Plague in India, 1896, 1897 - Volume 2
Year: 1896
Disease focus: Plague
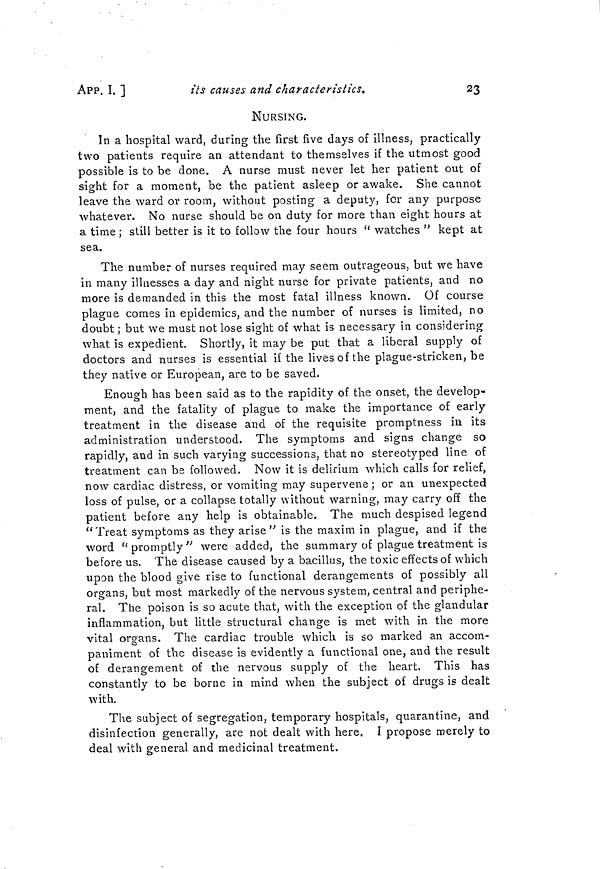
APP. I. ]
its causes and characteristics.
23
NURSING.
In a hospital ward, during the first five days of illness, practically
two patients require an attendant to themselves if the utmost good
possible is to be done. A nurse must never let her patient out of
sight for a moment, be the patient asleep or awake. She cannot
leave the ward or room, without posting a deputy, for any purpose
whatever. No nurse should be on duty for more than eight hours at
a time ; still better is it to follow the four hours " watches " kept at
sea.
The number of nurses required may seem outrageous, but we have
in many illnesses a day and night nurse for private patients, and no
more is demanded in this the most fatal illness known. Of course
plague comes in epidemics, and the number of nurses is limited, no
doubt ; but we must not lose sight of what is necessary in considering
what is expedient. Shortly, it may be put that a liberal supply of
doctors and nurses is essential if the lives of the plague-stricken, be
they native or European, are to be saved.
Enough has been said as to the rapidity of the onset, the develop-
ment, and the fatality of plague to make the importance of early
treatment in the disease and of the requisite promptness in its
administration understood. The symptoms and signs change so
rapidly, and in such varying successions, that no stereotyped line of
treatment can be followed. Now it is delirium which calls for relief,
now cardiac distress, or vomiting may supervene ; or an unexpected
loss of pulse, or a collapse totally without warning, may carry off the
patient before any help is obtainable. The much despised legend
"Treat symptoms as they arise" is the maxim in plague, and if the
word "promptly" were added, the summary of plague treatment is
before us. The disease caused by a bacillus, the toxic effects of which
upon the blood give rise to functional derangements of possibly all
organs, but most markedly of the nervous system, central and periphe-
ral. The poison is so acute that, with the exception of the glandular
inflammation, but little structural change is met with in the more
vital organs. The cardiac trouble which is so marked an accom-
paniment of the disease is evidently a functional one, and the result
of derangement of the nervous supply of the heart. This has
constantly to be borne in mind when the subject of drugs is dealt
with.
The subject of segregation, temporary hospitals, quarantine, and
disinfection generally, are not dealt with here. I propose merely to
deal with general and medicinal treatment.